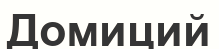
Домиций